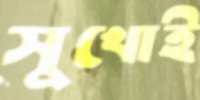
সুখোই